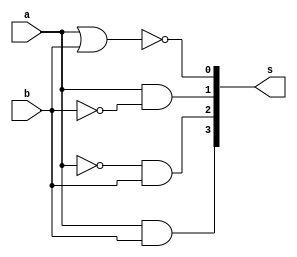
`timescale 1ns / 1ps
//////////////////////////////////////////////////////////////////////////////////
// Company: 
// Engineer: 
// 
// Design Name: 
// Module Name: Decorder
// Project Name: 
// Target Devices: 
// Tool Versions: 
// Description: 
// 
// Dependencies: 
// 
// Revision:
// Revision 0.01 - File Created
// Additional Comments:
// 
//////////////////////////////////////////////////////////////////////////////////


module Decorder(
    input a,
    input b,
    output[3:0] s);

wire n1, n2;

not nb (n1, b);
not na (n2, a);
nor a_nor_b (s[0], a, b);
and a_m_nb (s[1], a, n1);
and na_m_b (s[2], n2, b);  
and a_m_b (s[3], a, b);
    
endmodule